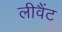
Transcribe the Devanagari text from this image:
लीवैंट